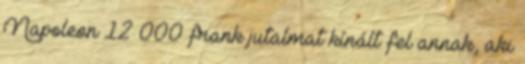
Napoleon 12 000 frank jutalmat kínált fel annak, aki